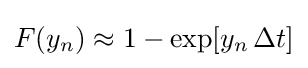
F(y_{n})\approx 1-\exp[y_{n}\,\Delta t]